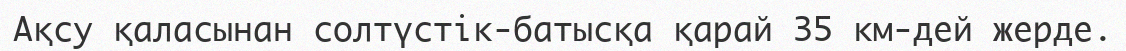
Ақсу қаласынан солтүстік-батысқа қарай 35 км-дей жерде.